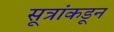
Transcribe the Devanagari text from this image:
सूत्रांकडून